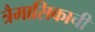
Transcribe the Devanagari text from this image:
त्रैमासिकाची